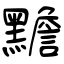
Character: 黵